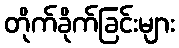
တိုက်ခိုက်ခြင်းများ